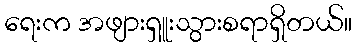
ရေးက အဖျားရှူးသွားစရာရှိတယ်။